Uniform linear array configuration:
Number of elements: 64
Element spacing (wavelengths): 0.25
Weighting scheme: hamming
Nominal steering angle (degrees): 15
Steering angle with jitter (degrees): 15.529
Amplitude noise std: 0.05
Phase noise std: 0.05

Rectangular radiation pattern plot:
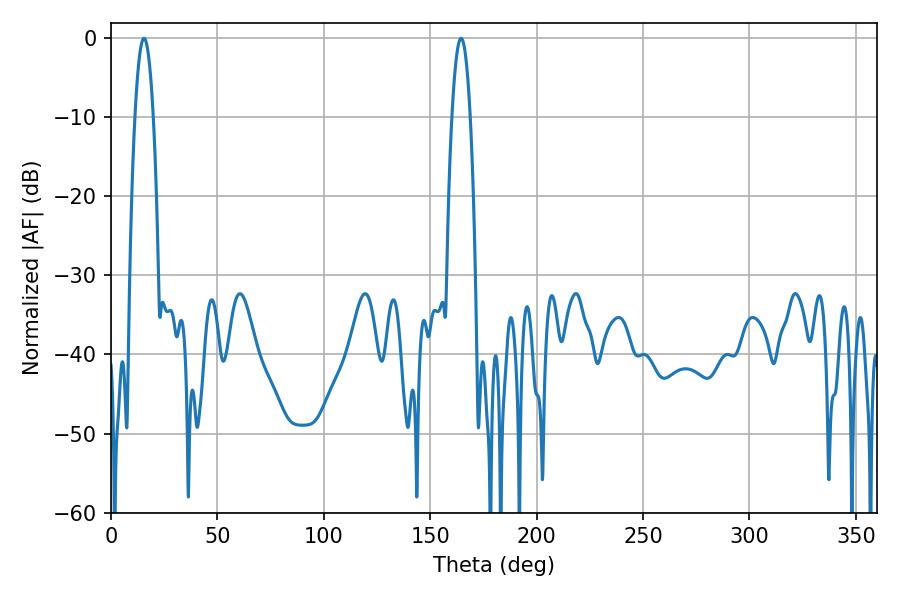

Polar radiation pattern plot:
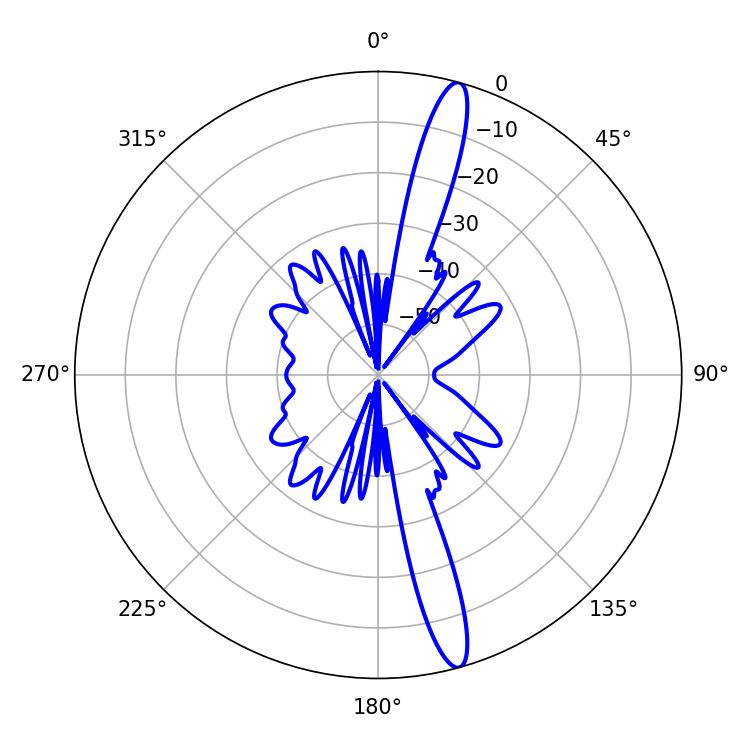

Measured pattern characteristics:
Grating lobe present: FALSE
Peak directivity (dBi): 16.207
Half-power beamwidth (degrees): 4.68
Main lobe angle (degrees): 15.48